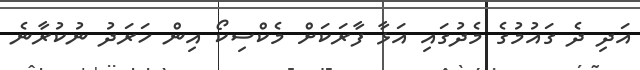
އަދި ދެ ގައުމުގެ މެދުގައި އަޅާ ފާރަކަށް މެކްސިކޯ އިން ހަރަދު ނުކުރާނެ